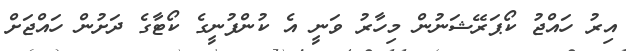
އިރު ހައްޖު ކޯޕަރޭޝަނުން މިހާރު ވަނީ އެ ކުންފުނީގެ ކޯޓާގެ ދަށުން ހައްޖަށް